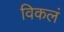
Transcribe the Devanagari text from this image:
विकलं